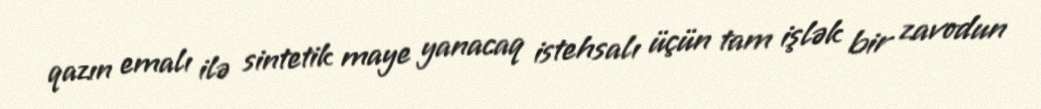
qazın emalı ilə sintetik maye yanacaq istehsalı üçün tam işlək bir zavodun